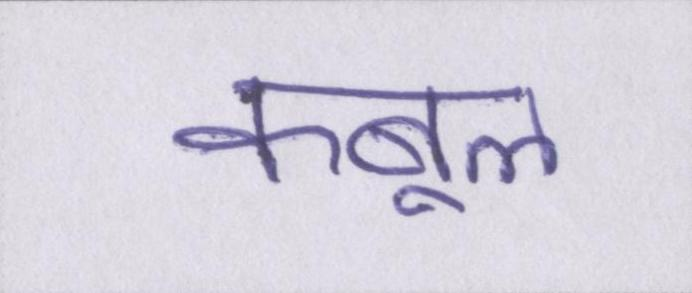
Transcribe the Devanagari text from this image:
कबूल